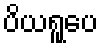
ပိယရူပေ